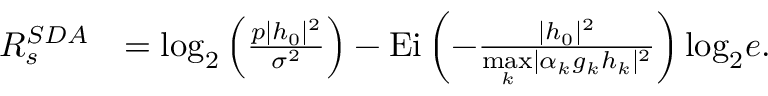
\begin{array} { r l } { R _ { s } ^ { S D A } } & { = \mathrm { l o g } _ { 2 } \left( \frac { p | h _ { 0 } | ^ { 2 } } { \sigma ^ { 2 } } \right) - \mathrm { E i } \left( - \frac { | h _ { 0 } | ^ { 2 } } { \underset { k } { \operatorname* { m a x } } | \alpha _ { k } g _ { k } h _ { k } | ^ { 2 } } \right) \mathrm { l o g } _ { 2 } e . } \end{array}